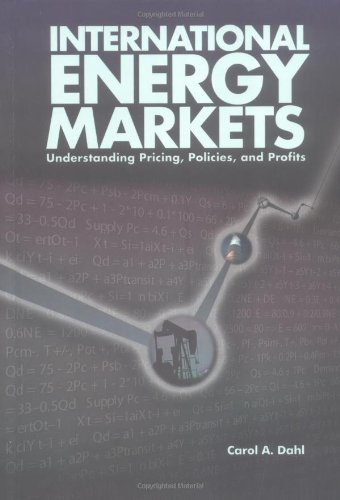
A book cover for International Energy Markets: Understanding Pricing, Policies & Profits; Carol A. Dahl; Business & Money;